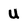
Character: U